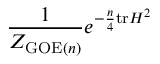
{ \frac { 1 } { Z _ { { \mathrm { G O E } } ( n ) } } } e ^ { - { \frac { n } { 4 } } \mathrm { t r } H ^ { 2 } }